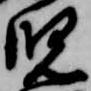
児